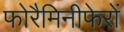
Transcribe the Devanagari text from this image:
फोरैमिनीफेरों